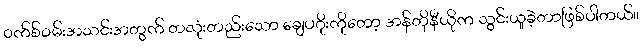
၀က်စ်ဝမ်းအသင်းအတွက် တလုံးတည်းသော ချေပဂိုးကိုတော့ အန်တိုနီယိုက သွင်းယူခဲ့တာဖြစ်ပါတယ်။